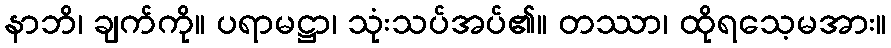
နာဘိ၊ ချက်ကို။ ပရာမဋ္ဌာ၊ သုံးသပ်အပ်၏။ တဿာ၊ ထိုရသေ့မအား။